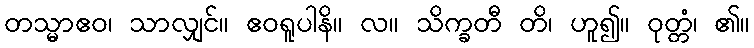
တသ္မာဧဝ၊ သာလျှင်။ ဧဝရူပါနိ။ လ။ သိက္ခတီ တိ၊ ဟူ၍။ ဝုတ္တံ၊ ၏။